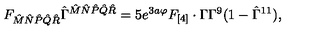
F _ { { \hat { M } } { \hat { N } } { \hat { P } } { \hat { Q } } { \hat { R } } } { \hat { \Gamma } } ^ { { \hat { M } } { \hat { N } } { \hat { P } } { \hat { Q } } { \hat { R } } } = 5 e ^ { 3 a \varphi } F _ { [ 4 ] } \cdot \Gamma \Gamma ^ { 9 } ( 1 - \hat { \Gamma } ^ { 1 1 } ) ,